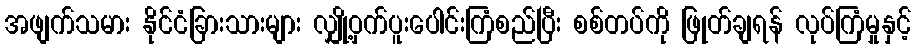
အဖျက်သမား နိုင်ငံခြားသားများ လျှို့ဝှက်ပူးပေါင်းကြံစည်ပြီး စစ်တပ်ကို ဖြုတ်ချရန် လုပ်ကြံမှုနှင့်